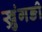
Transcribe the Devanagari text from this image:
ख्रुंगङी